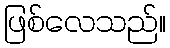
ဖြစ်လေသည်။